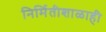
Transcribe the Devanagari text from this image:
निर्मितीशाळाही